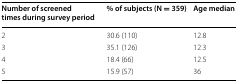
<table><thead><tr><td><b>Number of screened times during survey period</b></td><td><b>% of subjects (N = 359)</b></td><td><b>Age median</b></td></tr></thead><tbody><tr><td>2</td><td>30.6 (110)</td><td>12.8</td></tr><tr><td>3</td><td>35.1 (126)</td><td>12.3</td></tr><tr><td>4</td><td>18.4 (66)</td><td>12.5</td></tr><tr><td>5</td><td>15.9 (57)</td><td>36</td></tr></tbody></table>